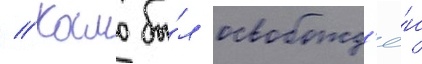
// Камо бы́л освобожд'ё́н